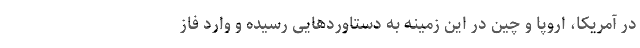
در آمریکا، اروپا و چین در این زمینه به دستاوردهایی رسیده و وارد فاز